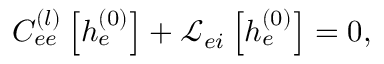
\begin{array} { r } { C _ { e e } ^ { ( l ) } \left[ h _ { e } ^ { ( 0 ) } \right] + \mathcal { L } _ { e i } \left[ h _ { e } ^ { ( 0 ) } \right] = 0 , } \end{array}